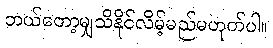
ဘယ်တော့မျှသိနိုင်လိမ့်မည်မဟုတ်ပါ။